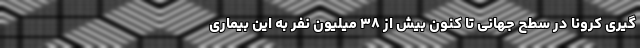
گیری کرونا در سطح جهانی تا کنون بیش از ۳۸ میلیون نفر به این بیماری